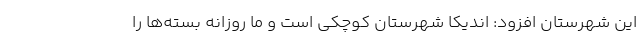
این شهرستان افزود: اندیکا شهرستان کوچکی است و ما روزانه بسته‌ها را